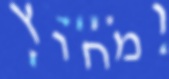
ומחוץ